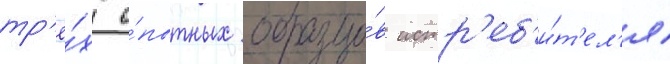
тр'ё́х о́пытных образцо́в истр'еб'и́т'ел'я